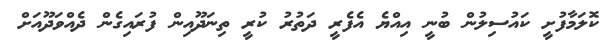
ކޮލަމާފުށީ ކައުސިލުން ބުނީ އިއްޔެ އެފެރީ ދަތުރު ކުރީ ތިނަދޫއިން ފުރައިގެން ދެއްވަދޫއަށް